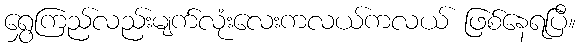
ရွှေကြည်လည်းမျက်လုံးလေးကလယ်ကလယ် ဖြစ်နေရပြီ။